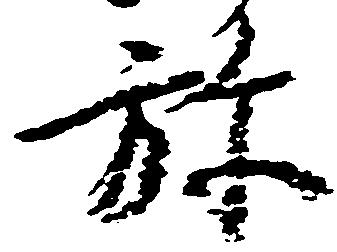
弥